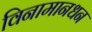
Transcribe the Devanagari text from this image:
विनामानधन